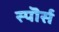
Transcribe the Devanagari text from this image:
स्पॊर्स